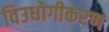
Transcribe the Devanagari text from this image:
विउधोगीकरण